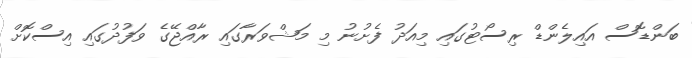
ބަންޑޮސް އައިލެންޑް ރިސޯޓުގައި މިއަދު ފެށުނު މި މަޝްވަރާގައި ރާއްޖޭގެ ވަފުދުގައި އިސްކޮށް